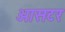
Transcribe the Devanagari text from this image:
ओसटर